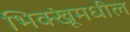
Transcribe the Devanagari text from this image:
भिक्खूंमधील